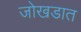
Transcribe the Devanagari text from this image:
जोखडात